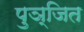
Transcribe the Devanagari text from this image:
पुञ्जित